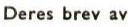
Deres brev av